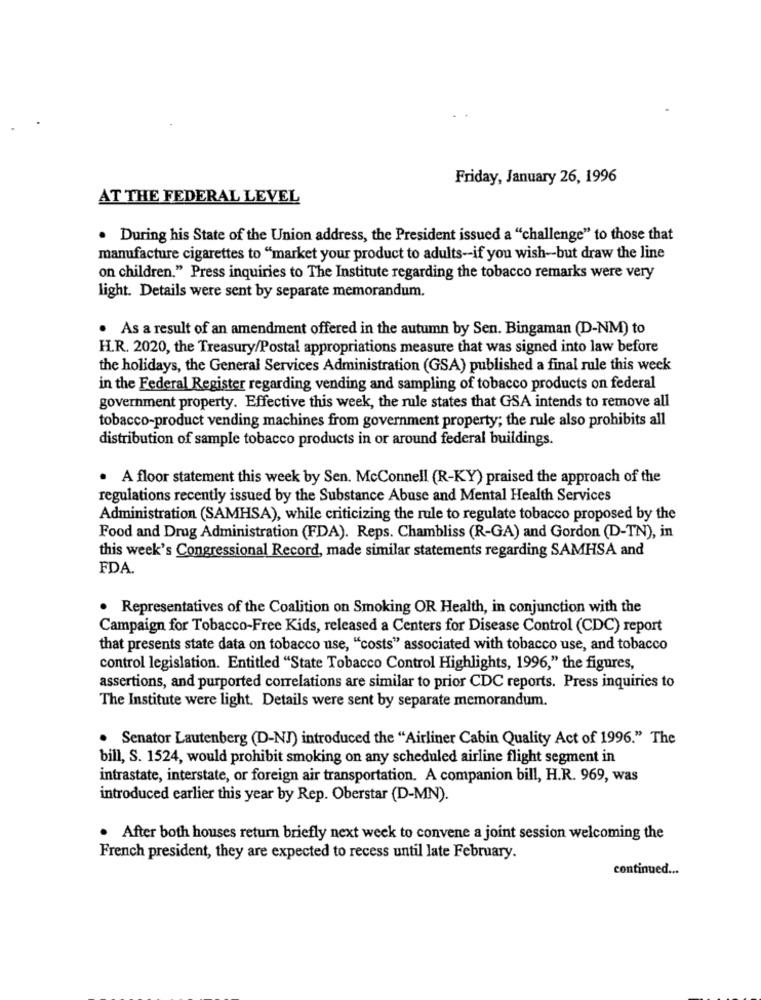
Friday, January 26, 1996
AT THE FEDERAL LEVEL
. During his State of the Union address, the President issued a "challenge" to those that
manufacture cigarettes to "market your product to adults-if you wish-but draw the line
on children." Press inquiries to The Institute regarding the tobacco remarks were very
light. Details were sent by separate memorandum.
. As a result of an amendment offered in the autumn by Sen. Bingaman (D-NM) to
H.R. 2020, the Treasury/Postal appropriations measure that was signed into law before
the holidays, the General Services Administration (GSA) published a final rule this week
in the Federal Register regarding vending and sampling of tobacco products on federal
government property. Effective this week, the rule states that GSA intends to remove all
tobacco-product vending machines from government property; the rule also prohibits all
distribution of sample tobacco products in or around federal buildings.
. A floor statement this week by Sen. McConnell (R-KY) praised the approach of the
regulations recently issued by the Substance Abuse and Mental Health Services
Administration (SAMHSA), while criticizing the rule to regulate tobacco proposed by the
Food and Drug Administration (FDA). Reps. Chambliss (R-GA) and Gordon (D-TN), in
this week's Congressional Record, made similar statements regarding SAMHSA and
FDA.
Representatives of the Coalition on Smoking OR Health, in conjunction with the
Campaign for Tobacco-Free Kids, released a Centers for Disease Control (CDC) report
that presents state data on tobacco use, "costs" associated with tobacco use, and tobacco
control legislation. Entitled "State Tobacco Control Highlights, 1996," the figures,
assertions, and purported correlations are similar to prior CDC reports. Press inquiries to
The Institute were light. Details were sent by separate memorandum.
. Senator Lautenberg (D-NJ) introduced the "Airliner Cabin Quality Act of 1996." The
bill, S. 1524, would prohibit smoking on any scheduled airline flight segment in
intrastate, interstate, or foreign air transportation. A companion bill, H.R. 969, was
introduced earlier this year by Rep. Oberstar (D-MN).
. After both houses return briefly next week to convene a joint session welcoming the
French president, they are expected to recess until late February.
continued ...